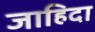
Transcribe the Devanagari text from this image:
जाहिदा